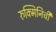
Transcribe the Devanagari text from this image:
रुक्मिनिची